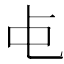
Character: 𬺾